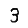
Digit: 3